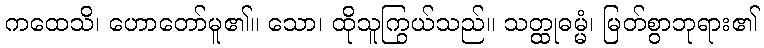
ကထေသိ၊ ဟောတော်မူ၏။ သော၊ ထိုသူကြွယ်သည်။ သတ္ထုဓမ္မံ၊ မြတ်စွာဘုရား၏